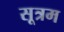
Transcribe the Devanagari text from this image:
सूत्रम